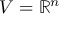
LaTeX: V = \mathbb { R } ^ { n }